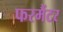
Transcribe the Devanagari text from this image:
फरमैंटर